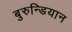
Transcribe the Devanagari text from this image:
बुरुन्डियान